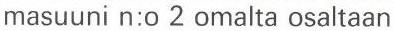
masuuni n:o 2 omalta osaltaan